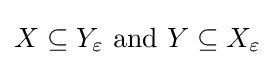
X\subseteq Y_{\varepsilon }\ {\mbox{and}}\ Y\subseteq X_{\varepsilon }